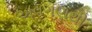
અવગણથી